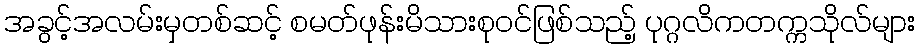
အခွင့်အလမ်းမှတစ်ဆင့် စမတ်ဖုန်းမိသားစုဝင်ဖြစ်သည့် ပုဂ္ဂလိကတက္ကသိုလ်များ